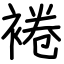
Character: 裷